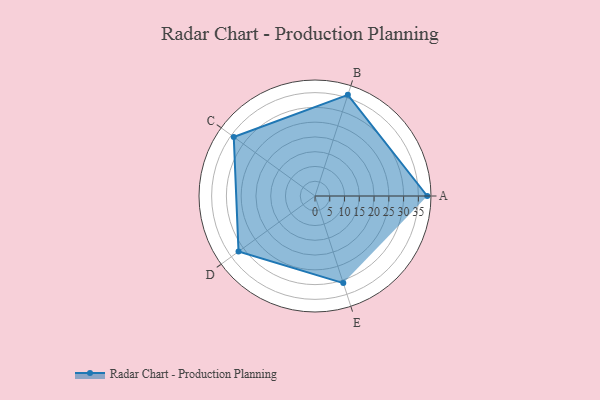
{"axis": {"x": "Skill", "y": "Score"}, "legend": ["Profile"], "data": [{"x": "A", "y": 38.0, "type": "Profile"}, {"x": "B", "y": 36.0, "type": "Profile"}, {"x": "C", "y": 34.0, "type": "Profile"}, {"x": "D", "y": 32.0, "type": "Profile"}, {"x": "E", "y": 31.0, "type": "Profile"}]}